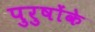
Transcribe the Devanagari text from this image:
पुरुषोंके